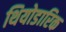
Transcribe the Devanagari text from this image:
थियोडारिक